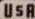
USA